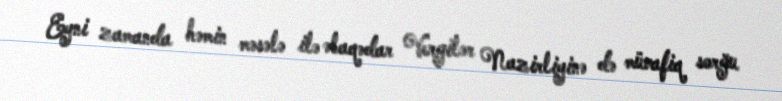
Eyni zamanda həmin məsələ ilə əlaqədar Vergilər Nazirliyinə də müvafiq sorğu